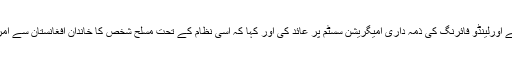
انھوں نے اورلینڈو فائرنگ کی ذمہ داری امیگریشن سسٹم پر عائد کی اور کہا کہ اسی نظام کے تحت مسلح شخص کا خاندان افغانستان سے امریکہ آیا۔